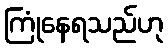
ကြုံနေရသည်ဟု